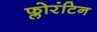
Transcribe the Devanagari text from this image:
फ्लोरंटिन